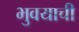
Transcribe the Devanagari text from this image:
भुवयाची